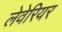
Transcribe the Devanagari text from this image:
लेवेरियर